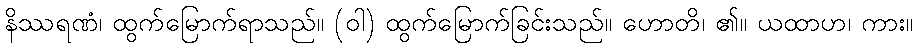
နိဿရဏံ၊ ထွက်မြောက်ရာသည်။ (ဝါ) ထွက်မြောက်ခြင်းသည်။ ဟောတိ၊ ၏။ ယထာဟ၊ ကား။